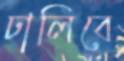
ঢালিবে